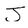
Character: J